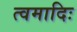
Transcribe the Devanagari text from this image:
त्वमादिः